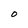
Character: O